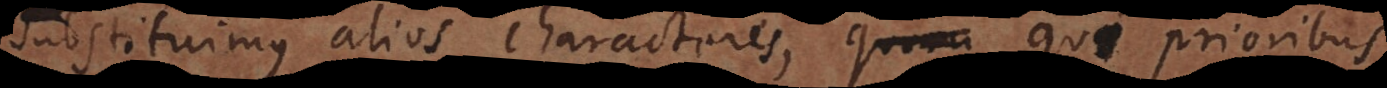
substituimus alios characteres, qui prioribus